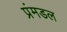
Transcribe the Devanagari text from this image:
प्रंमडल